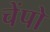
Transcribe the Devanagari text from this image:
चेंपो